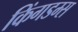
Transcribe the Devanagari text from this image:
किंगडम्स